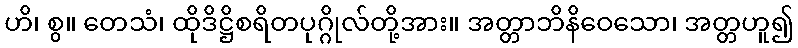
ဟိ၊ စွ။ တေသံ၊ ထိုဒိဋ္ဌိစရိတပုဂ္ဂိုလ်တို့အား။ အတ္တာဘိနိဝေသော၊ အတ္တဟူ၍